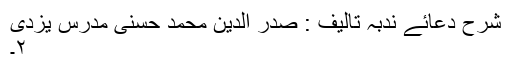
شرح دعائے ندبہ تالیف : صدر الدین محمد حسنی مدرس یزدی
۲۔